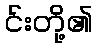
င်းတို့၏